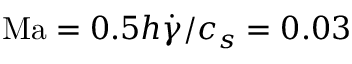
\mathrm { M a } = 0 . 5 h \dot { \gamma } / c _ { s } = 0 . 0 3